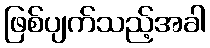
ဖြစ်ပျက်သည့်အခါ